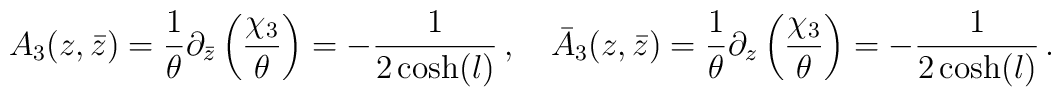
A_3(z,\bar{z})=\frac{1}{\theta}\partial_{\bar{z}}\left(\frac{\chi_3}{\theta}\right)=-\frac{1}{2\cosh(l)}\,,\quad\bar{A}_3(z,\bar{z})=\frac{1}{\theta}\partial_{z}\left(\frac{\chi_3}{\theta}\right)=-\frac{1}{2\cosh(l)}\,.